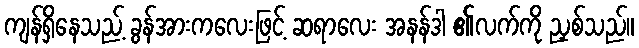
ကျန်ရှိနေသည့် ခွန်အားကလေးဖြင့် ဆရာလေး အနန်ဒါ ၏လက်ကို ညှစ်သည်။